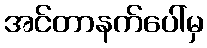
အင်တာနက်ပေါ်မှ